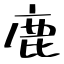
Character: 鹿